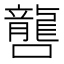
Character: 𡃡